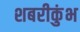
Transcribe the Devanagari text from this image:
शबरीकुंभ